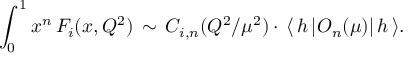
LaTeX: \int _ { 0 } ^ { 1 } x ^ { n } \, { \cal F } _ { i } ( x , Q ^ { 2 } ) \, \sim \, C _ { i , n } ( Q ^ { 2 } / \mu ^ { 2 } ) \cdot \, \langle \, h \, | O _ { n } ( \mu ) | \, h \, \rangle .